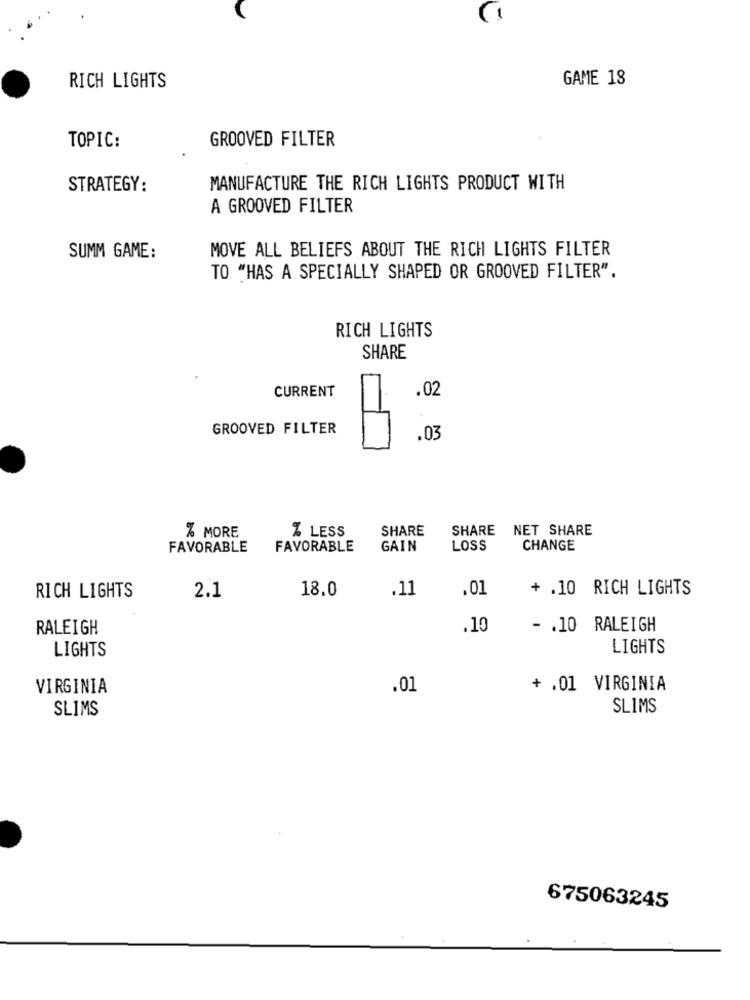
GAME 18
RICH LIGHTS
GROOVED FILTER
TOPIC:
STRATEGY:
MANUFACTURE THE RICH LIGHTS PRODUCT WITH
A GROOVED FILTER
MOVE ALL BELIEFS ABOUT THE RICH LIGHTS FILTER
SUMM GAME:
TO "HAS A SPECIALLY SHAPED OR GROOVED FILTER".
RICH LIGHTS
SHARE
CURRENT
.02
GROOVED FILTER
.03
SHARE
SHARE NET SHARE
% MORE
% LESS
FAVORABLE
FAVORABLE
GAIN
LOSS
CHANGE
2.1
18.0
.01
+ .10 RICH LIGHTS
RICH LIGHTS
.11
RALEIGH
.10
- . 10 RALEIGH
LIGHTS
LIGHTS
VIRGINIA
.01
+ .01 VIRGINIA
SLIMS
SLIMS
675063245